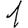
Digit: 1